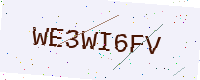
Text: WE3WI6FV